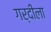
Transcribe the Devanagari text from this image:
गर्दीला